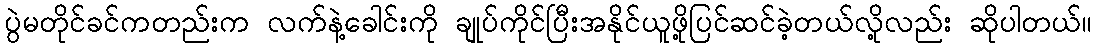
ပွဲမတိုင်ခင်ကတည်းက လက်နဲ့ခေါင်းကို ချုပ်ကိုင်ပြီးအနိုင်ယူဖို့ပြင်ဆင်ခဲ့တယ်လို့လည်း ဆိုပါတယ်။